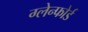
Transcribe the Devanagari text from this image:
ग्लेन्फोर्ड